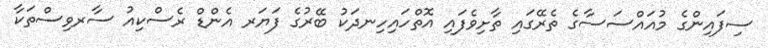
ސިފައިންގެ މުއައްސަސާގެ ތެރޭގައި ތާށިވެފައި އޮތްހައިހިނދަކު ބޭރުގެ ފަޔަރ އެންޑް ރެސްކިއު ސާރވިސްތަކާ